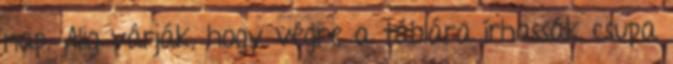
nap. Alig várják, hogy végre a táblára írhassák csupa